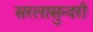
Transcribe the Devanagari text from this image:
सरलासुन्दरी